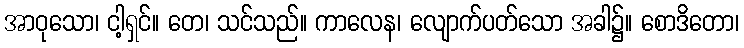
အာဝုသော၊ ငါ့ရှင်။ တေ၊ သင်သည်။ ကာလေန၊ လျောက်ပတ်သော အခါ၌။ စောဒိတော၊